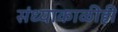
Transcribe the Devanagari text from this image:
संध्याकाळीही